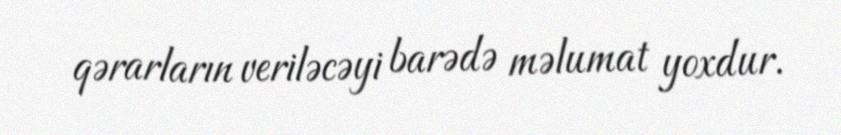
qərarların veriləcəyi barədə məlumat yoxdur.